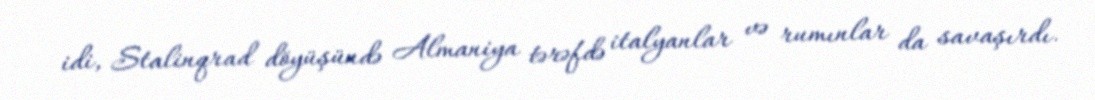
idi, Stalinqrad döyüşündə Almaniya tərəfdə italyanlar və rumınlar da savaşırdı.